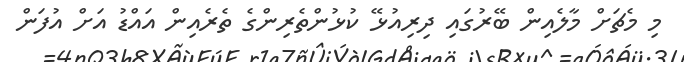
މި މެޗަށް މާލެއިން ބޭރުގައި ދިރިއުޅޭ ކުޅުންތެރިންގެ ތެރެއިން އައްޑު އަށް އުފަން